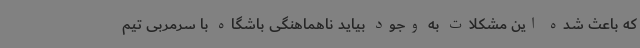
که باعث شده این مشکلات به وجود بیاید ناهماهنگی باشگاه با سرمربی تیم